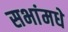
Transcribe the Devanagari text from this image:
सभांमधे